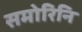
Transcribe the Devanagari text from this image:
समोरिनि